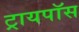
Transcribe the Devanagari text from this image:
ट्रायपॉस